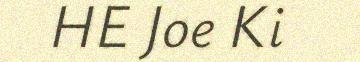
HE Joe Ki